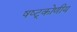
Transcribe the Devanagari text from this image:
षष्ट्कोणीय